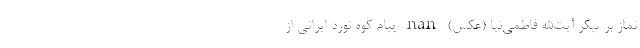
نماز بر پیکر آیت‌الله فاطمی‌نیا (عکس) nan پیام کوه نورد ایرانی از